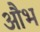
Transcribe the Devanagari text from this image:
औभ